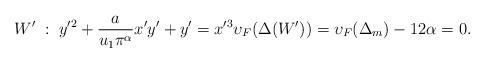
LaTeX: \begin{align*} W' \; : \; y'^2 + \frac{a}{u_1 \pi^\alpha} x' y' + y' = x'^3 \upsilon_F(\Delta(W')) = \upsilon_F(\Delta_m) - 12\alpha = 0.\end{align*}